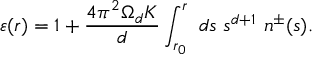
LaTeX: \varepsilon ( r ) = 1 + \frac { 4 \pi ^ { 2 } \Omega _ { d } K } { d } \int _ { r _ { 0 } } ^ { r } ~ d s ~ s ^ { d + 1 } ~ n ^ { \pm } ( s ) .